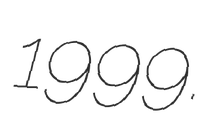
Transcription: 1999.